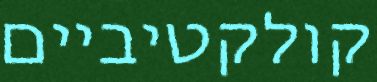
קולקטיביים